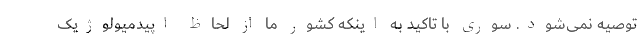
توصیه نمی‌شود. سوری با تاکید به اینکه کشور ما از لحاظ اپیدمیولوژیک